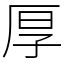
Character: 厚